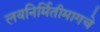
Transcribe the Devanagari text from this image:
लयनिर्मितीमागचे